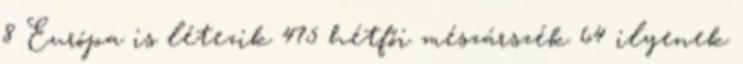
8 Európa is létezik 475 hétfői mészárszék 64 ilyenek